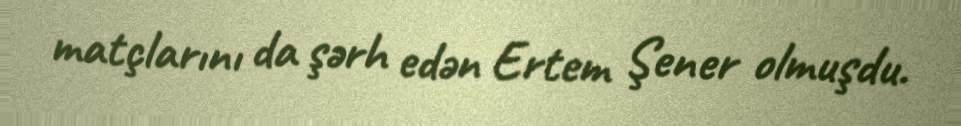
matçlarını da şərh edən Ertem Şener olmuşdu.